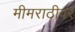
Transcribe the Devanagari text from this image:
मीमराठीवर